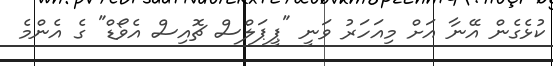
ކުޅެގެން އޭނާ އަށް މިއަހަރު ވަނީ "ޕީޕަލްސް ޗޮއިސް އެވޯޑް" ގެ އެންމެ